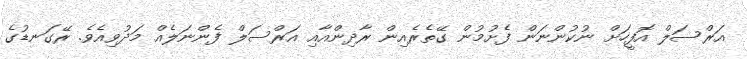
އަރްސަލް އޮފީހަށް ނުކުންނަން ފެށުމުން ގޭތެރެއިން ރާދިންއާއި އަރްސަލް ފެންނަލެއް މަދުވިއެވެ. ރޭގަނޑުގެ